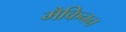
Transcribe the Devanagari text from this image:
मैकिनन